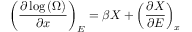
\left( { \frac { \partial \log \left( \Omega \right) } { \partial x } } \right) _ { E } = \beta X + \left( { \frac { \partial X } { \partial E } } \right) _ { x }